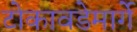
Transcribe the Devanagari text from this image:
टोकावडेमार्गे